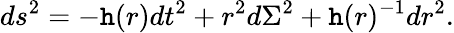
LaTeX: ds^{2}=-\mathtt{h}(r)dt^{2}+r^{2}d\Sigma^{2}+\mathtt{h}(r)^{-1}dr^{2}.